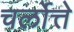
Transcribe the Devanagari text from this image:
चर्लोत्ते